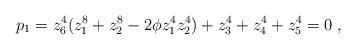
LaTeX: \begin{align*}p_1 = z_6^4(z_1^8 + z_2^8-2\phi z_1^4z_2^4)+z_3^4+z_4^4+z_5^4=0\; ,\end{align*}